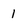
Character: l